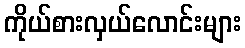
ကိုယ်စားလှယ်လောင်းများ